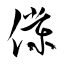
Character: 僕